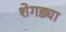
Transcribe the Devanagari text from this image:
शेगड्या